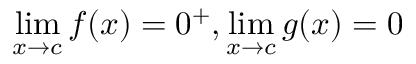
\operatorname* { l i m } _ { x \to c } f ( x ) = 0 ^ { + } , \operatorname* { l i m } _ { x \to c } g ( x ) = 0